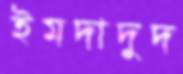
ইমদাদুদ